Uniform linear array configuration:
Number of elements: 8
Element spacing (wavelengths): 0.25
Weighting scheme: exponential
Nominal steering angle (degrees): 0
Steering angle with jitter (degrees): -1.848
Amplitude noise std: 0.05
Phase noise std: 0.05

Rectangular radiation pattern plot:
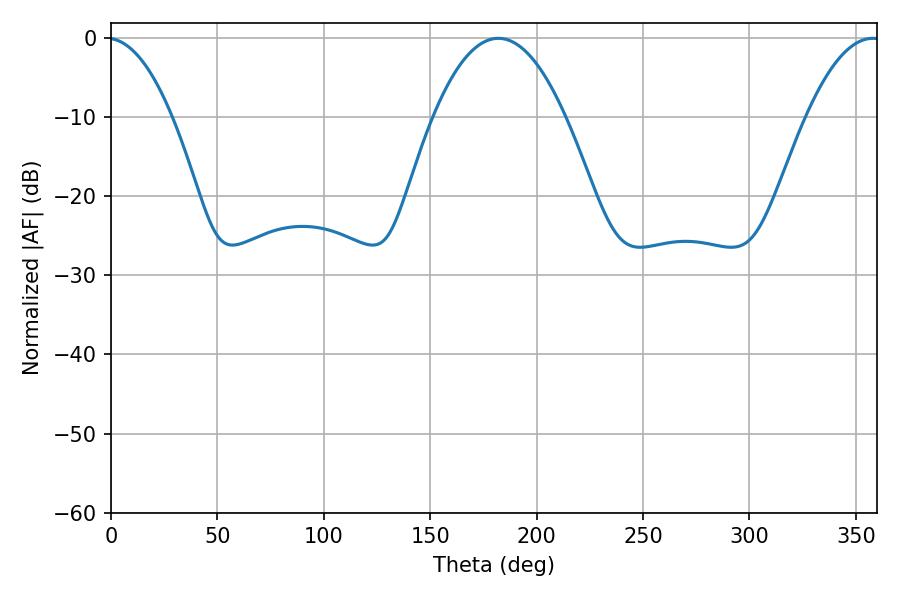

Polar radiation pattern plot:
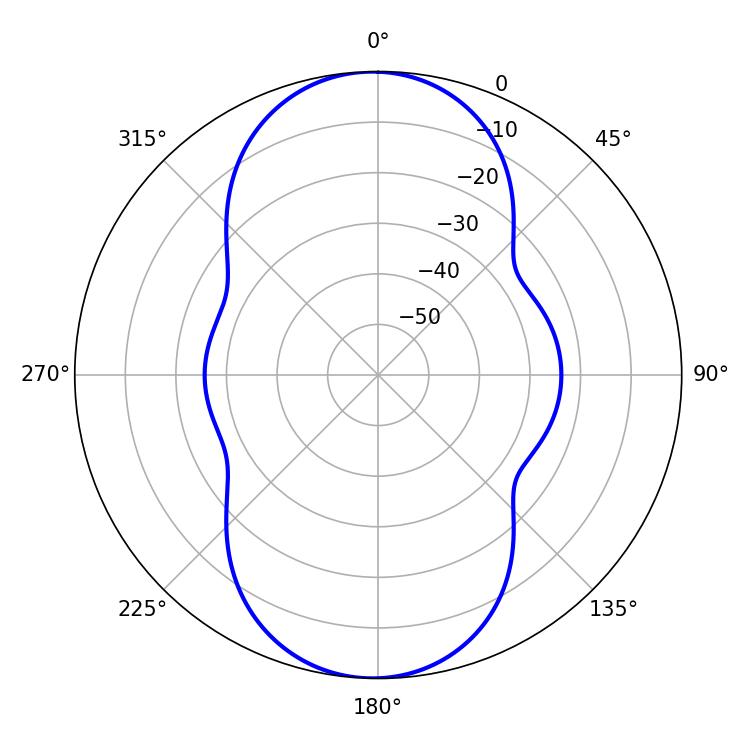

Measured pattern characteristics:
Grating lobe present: FALSE
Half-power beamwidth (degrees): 34.2
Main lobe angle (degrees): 181.98